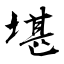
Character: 堪